Medical and sanitary report of the native army of Bengal for the year
Year: 1875
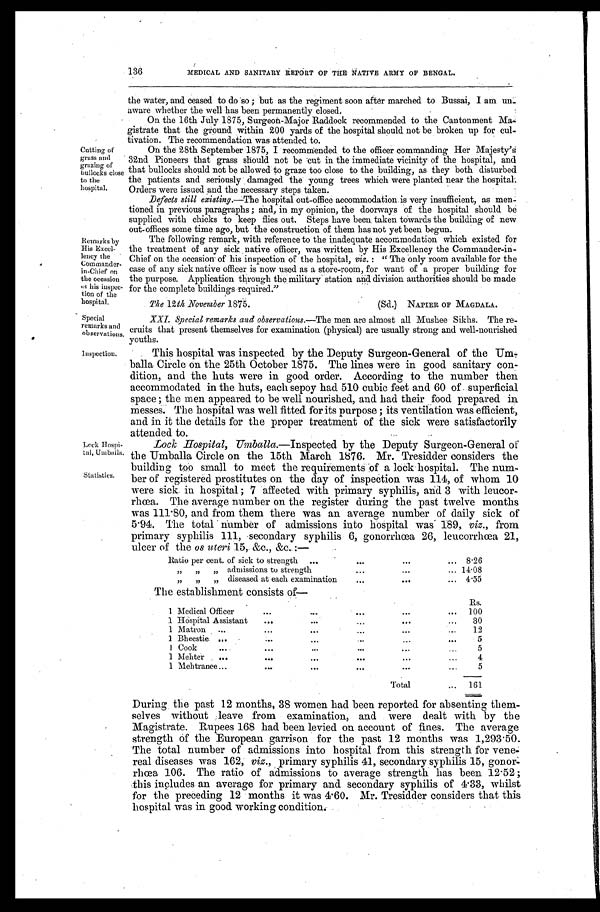
Remarks by
His Excel
-lency the
Commender
-in-Chief on
the occasion
of his inspec
-
tion of the
hospital.
Special
remarks and
observations.
Inspection.
Lock Hospi
-
tal, Umbaila.
Statistics.
136
MEDICAL AND SANITARY REPORT OF THE NATIVE ARMY OF BENGAL.
the water, and ceased to do so ; but as the regiment soon after marched to Bussai, I am un
-
aware whether the well has been permanently closed.
On the 16th July 1875, Surgeon-Major Raddock recommended to the Cantonment Ma
-
gistrate that the ground within 200 yards of the hospital should not be broken up for cul
-
tivation. The recommendation was attended to.
Cutting of
grass and
grazing of
bullocks close
to the
hospital.
On the 28th September 1875, I recommended to the officer commanding Her Majesty's
32nd Pioneers that grass should not be cut in the immediate vicinity of the hospital, and
that bullocks should not be allowed to graze too close to the building, as they both disturbed
the patients and seriously damaged the young trees which were planted near the hospital.
Orders were issued and the necessary steps taken.
Defects still existing.— The hospital out-office accommodation is very insufficient, as men
-
tioned in previous paragraphs ; and, in my opinion, the doorways of the hospital should be
supplied with chicks to keep flies out. Steps have been, taken towards the building of new
out-offices some time ago, but the construction of them has not yet been begun.
The following remark, with reference to the inadequate accommodation which existed for
the treatment of any sick native officer, was written by His Excellency the Commander-in
-
Chief on the occasion of his inspection of the hospital, viz. : " The only room available for the
case of any sick native officer is now used as a store-room, for want of a proper building for
the purpose. Application through the military station and division authorities should be made
for the complete buildings required.
"
The 12th November 1875. (Sd.) NAPIER OF MAGDALA.
XXI. Special remarks and observations.— The men are almost all Mushee Sikhs. The re
-
cruits that present themselves for examination (physical) are usually strong and well-nourished
youths.
This hospital was inspected by the Deputy Surgeon-General of the Um
-
balla Circle on the 25th October 1875. The lines were in good sanitary con
-
dition, and the huts were in good order. According to the number then
accommodated in the huts, each sepoy had 510 cubic feet and 60 of superficial
space ; the men appeared to be well nourished, and had their food prepared in
messes. The hospital was well fitted for its purpose ; its ventilation was efficient,
and in it the details for the proper treatment of the sick were satisfactorily
attended to.
Lock Hospital, Umballa .—Inspected by the Deputy Surgeon-General of
the Umballa Circle on the 15th March 1876. Mr. Tresidder considers the
building too small to meet the requirements of a lock hospital. The num
-
ber of registered prostitutes on the day of inspection was 114, of whom 10
were sick in hospital ; 7 affected with primary syphilis, and 3 with leucor
-
rhœa. The average number on the register during the past twelve months
was 111.80, and from them there was an average number of daily sick of
5.94. The total number of admissions into hospital was 189, viz., from
primary syphilis 111, secondary syphilis 6, gonorrhœa 26, leucorrhœa 21,
ulcer of the os uteri 15 &c., &c. :—
Ratio per cent of sick to strength . . . 8.26
" " " admissions to strength . . . 14.08
" " " diseased at each examination . . . 4.55
The establishment consists of—
Rs.
1 Medical Officer
. . .
100
1 Hospital Assistant . . .
30
1 Matron . . .
12
1 Bheestie . . .
5
1 Cook . . .
5
1 Mehter . . .
4
1 Mehtranee . . .
5
Total . . .
161
During the past 12 months, 38 women had been reported for absenting them
-
selves without leave from examination, and were dealt with by the
Magistrate. Rupees 168 had been levied on account of fines. The average
strength Of the European garrison for the past 12 months was 1,293.50.
The total number of admissions into hospital from this strength for vene
-
real diseases was 162, viz., primary syphilis 41, secondary syphilis 15, gonor
-
rhœa 106. The ratio of admissions to average strength has been 12.52 ;
this includes an average for primary and secondary syphilis of 4.33, whilst
for the preceding 12 months it was 4.60. Mr. Tresidder considers that this
hospital was in good working condition.